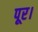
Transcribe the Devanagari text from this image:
पूर।